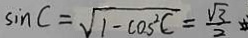
\sin C = \sqrt { 1 - \cos ^ { 2 } C } = \frac { \sqrt { 3 } } { 2 }